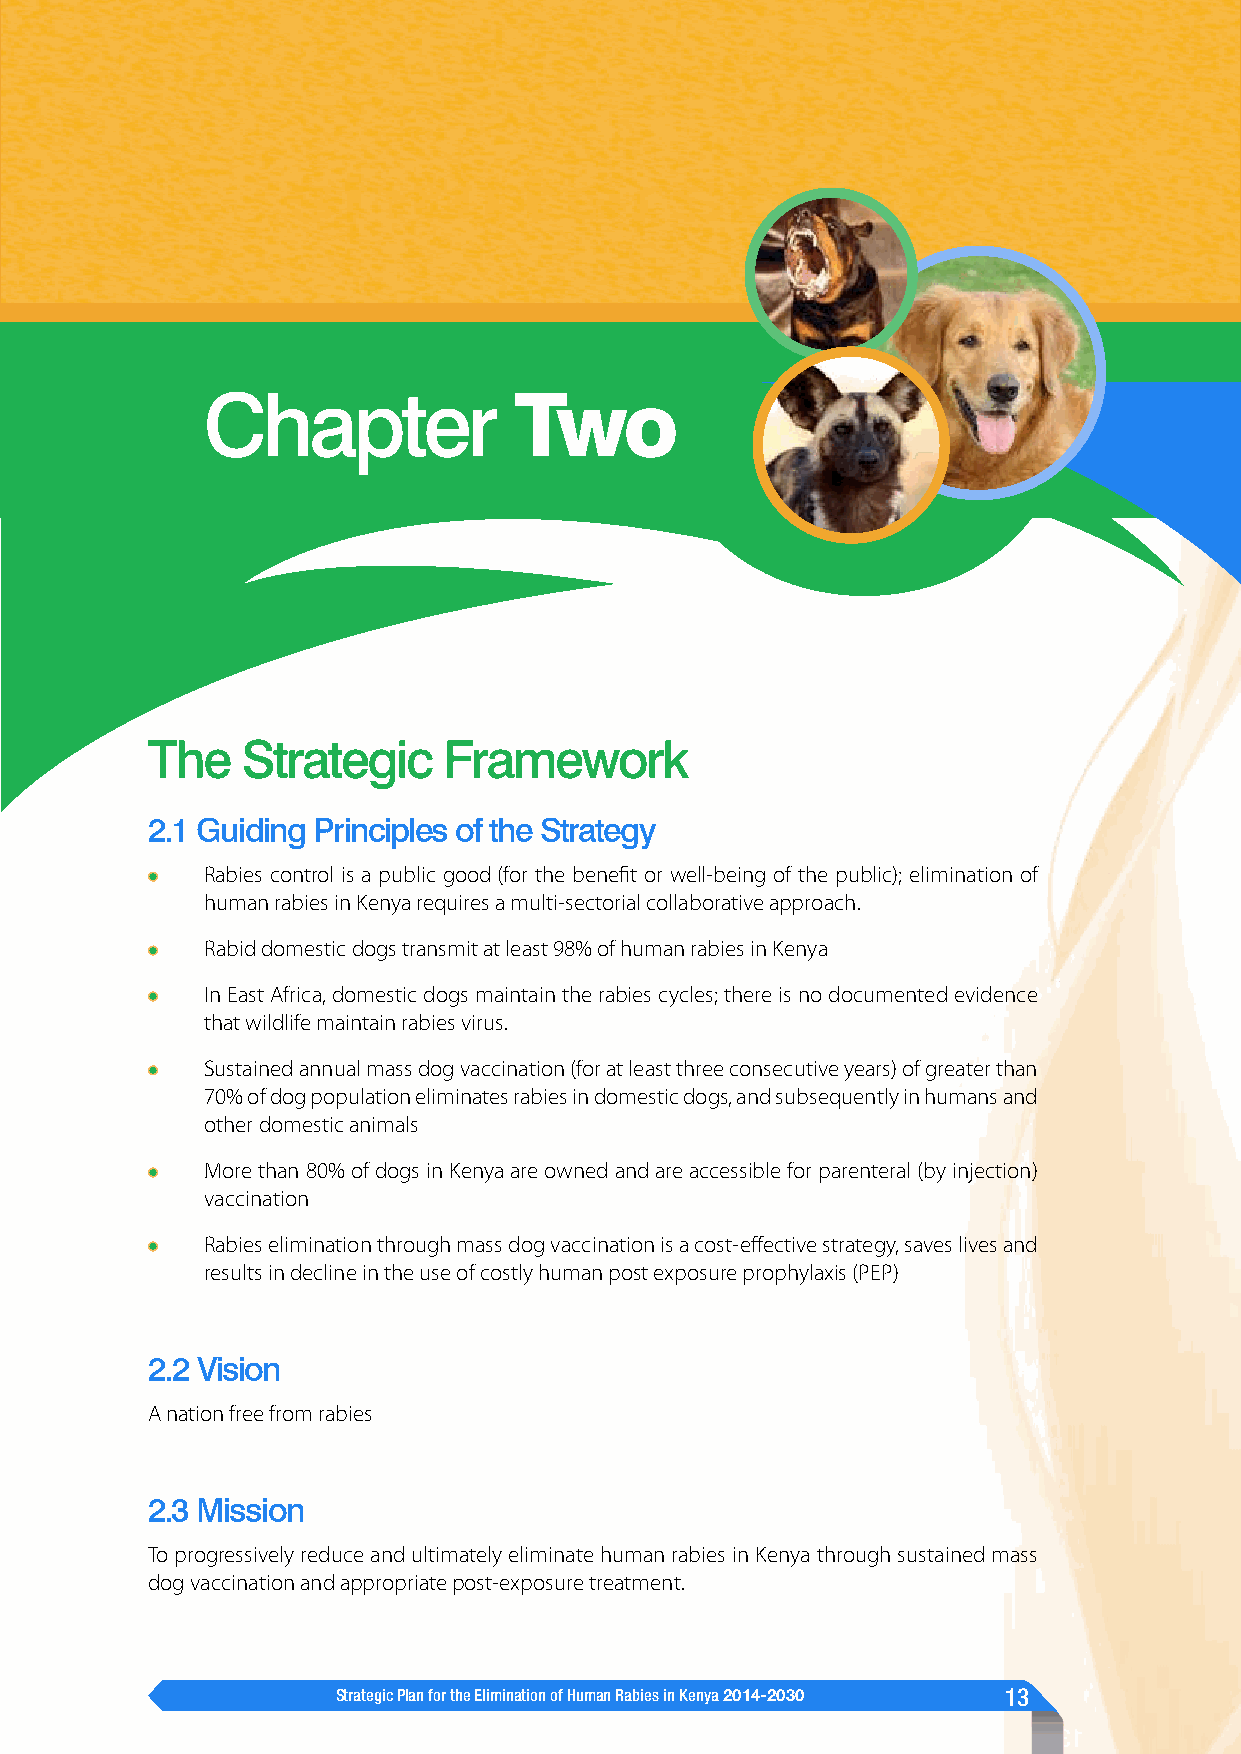
Chapter              Two
 The   Strategic    Framework
 2.1 Guiding Principles of the Strategy
 Rabies control is a public good (for the benefit or well-being of the public); elimination of
 human rabies in Kenya requires a multi-sectorial collaborative approach.
 Rabid domestic dogs transmit at least 98% of human rabies in Kenya
 In East Africa, domestic dogs maintain the rabies cycles; there is no documented evidence
 that wildlife maintain rabies virus.
 Sustained annual mass dog vaccination (for at least three consecutive years) of greater than
 70% of dog population eliminates rabies in domestic dogs, and subsequently in humans and
 other domestic animals
 More than 80% of dogs in Kenya are owned and are accessible for parenteral (by injection)
 vaccination
 Rabies elimination through mass dog vaccination is a cost-effective strategy, saves lives and
 results in decline in the use of costly human post exposure prophylaxis (PEP)
 2.2 Vision
 A nation free from rabies
 2.3 Mission
 To progressively reduce and ultimately eliminate human rabies in Kenya through sustained mass
 dog vaccination and appropriate post-exposure treatment.
 Strategic Plan for the Elimination of Human Rabies in Kenya 2014-2030 13
 3 1